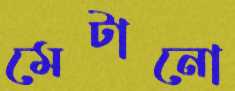
মেটানো